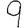
Digit: 9